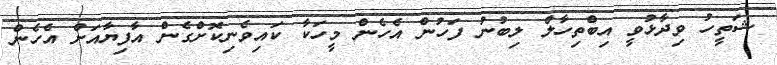
ޝަތީހު ވިދާޅުވީ އިބްތިހާލް ލިބުނު ފަހުން އެހެން މީހަކާ ކައިވެނިކޮށްގެން އާފިޔާއަށް އެހެން